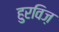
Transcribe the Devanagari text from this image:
हुरविज़